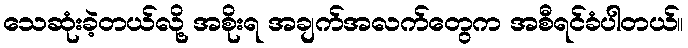
သေဆုံးခဲ့တယ်လို့ အစိုးရ အချက်အလက်တွေက အစီရင်ခံပါတယ်။